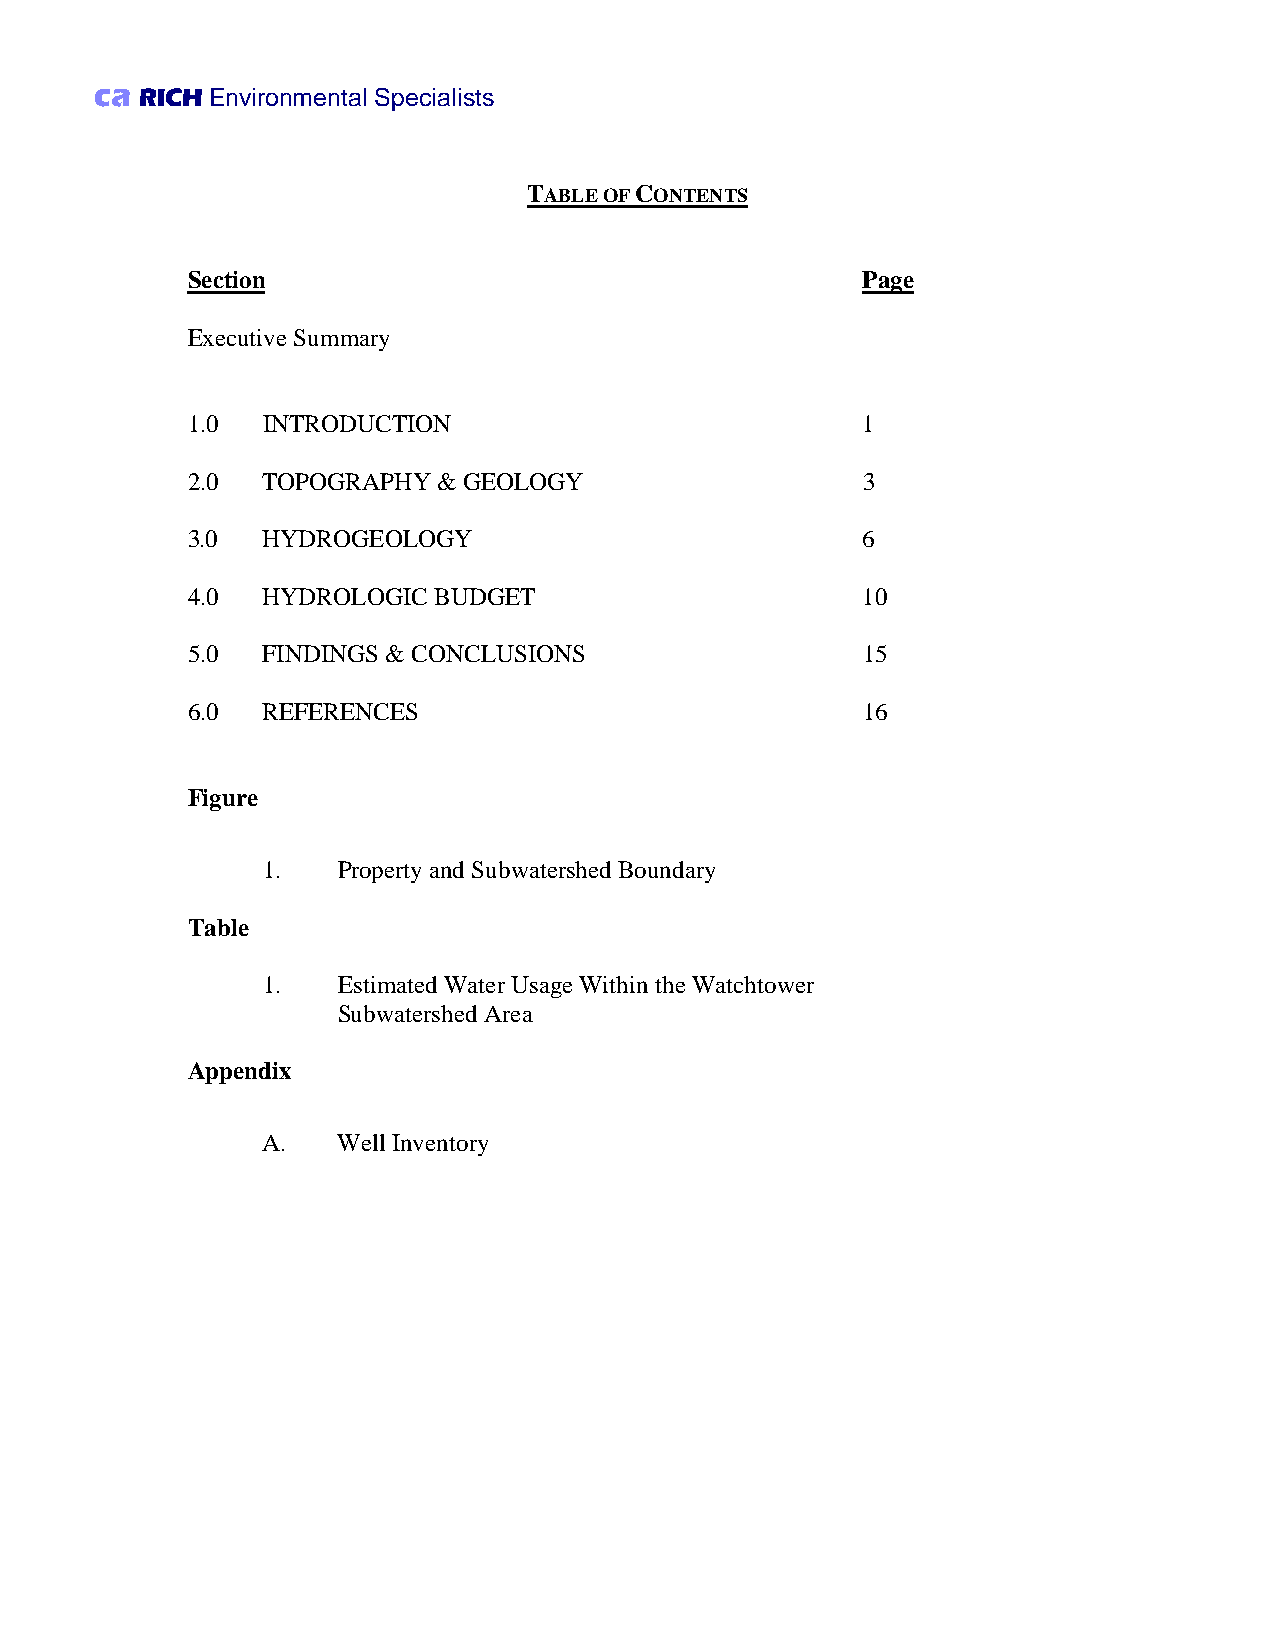
ca RICH Environmental Specialists
 TABLE OF CONTENTS
 Section                                  Page
 Executive Summary
 1.0  INTRODUCTION                            1
 2.0  TOPOGRAPHY  & GEOLOGY                   3
 3.0  HYDROGEOLOGY                            6
 4.0  HYDROLOGIC  BUDGET                      10
 5.0  FINDINGS & CONCLUSIONS                  15
 6.0  REFERENCES                              16
 Figure
 1.   Property and Subwatershed Boundary
 Table
 1.   Estimated Water Usage Within the Watchtower
 Subwatershed Area
 Appendix
 A.   Well Inventory